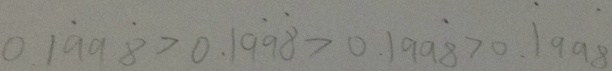
0 . 1 \dot { 9 } 9 \dot { 8 } > 0 . 1 \dot { 9 } \dot { 8 } > 0 . 1 9 9 \dot { 8 } > 0 . \dot { 1 } 9 9 \dot { 8 }